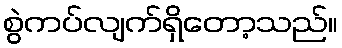
စွဲကပ်လျက်ရှိတော့သည်။